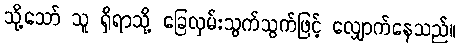
သို့သော် သူ ရှိရာသို့ ခြေလှမ်းသွက်သွက်ဖြင့် လျှောက်နေသည်။